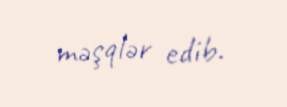
məşqlər edib.